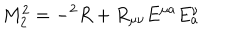
LaTeX: M _ { 2 } ^ { 2 } = - { } ^ { 2 } R + R _ { \mu \nu } E ^ { \mu a } E _ { a } ^ { \nu }